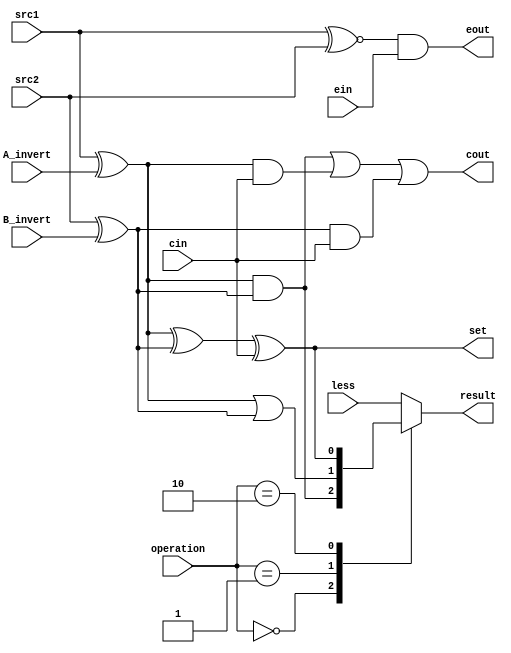
//0317001_0310511
`timescale 1ns/1ps

//////////////////////////////////////////////////////////////////////////////////
// Company: 
// Engineer: 
// 
// Design Name: 
// Module Name:    alu_top 
// Project Name: 
// Target Devices: 
// Tool versions: 
// Description: 
//
// Dependencies: 
//
// Revision: 
// Revision 0.01 - File Created
// Additional Comments: 
//
//////////////////////////////////////////////////////////////////////////////////

module alu_top_less(
	src1,       //1 bit source 1 (input)
	src2,       //1 bit source 2 (input)
	less,       //1 bit less     (input)
	A_invert,   //1 bit A_invert (input)
	B_invert,   //1 bit B_invert (input)
	cin,        //1 bit carry in (input)
	ein,        //1 bit equal in (input)
	operation,  //operation      (input)
	result,     //1 bit result   (output)
	cout,       //1 bit carry out(output)
	eout,       //1 bit equal out(output)
	set         //1 bit set output
	);

input src1;
input src2;
input less;
input A_invert;
input B_invert;
input cin;
input ein;
input [2-1:0] operation;

output reg result;
output reg cout;
output reg eout;
output reg set;

wire A_in = src1 ^ A_invert;
wire B_in = src2 ^ B_invert;
wire AND  = A_in & B_in;
wire OR   = A_in | B_in;
wire ADD  = A_in ^ B_in ^ cin;
wire tmpcout = (A_in & B_in) | (A_in & cin) | (B_in & cin);
wire tmpeout = (src1 ~^ src2) & ein;


always @(*) begin
	cout <= tmpcout;
	eout <= tmpeout;
	set  <= ADD;

	case(operation[2-1:0])
		0:       result <= AND;
		1:       result <= OR;
		2:       result <= ADD;
		default: result <= less;
	endcase
end

endmodule